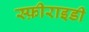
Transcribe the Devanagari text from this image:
स्फ़ीराइडी